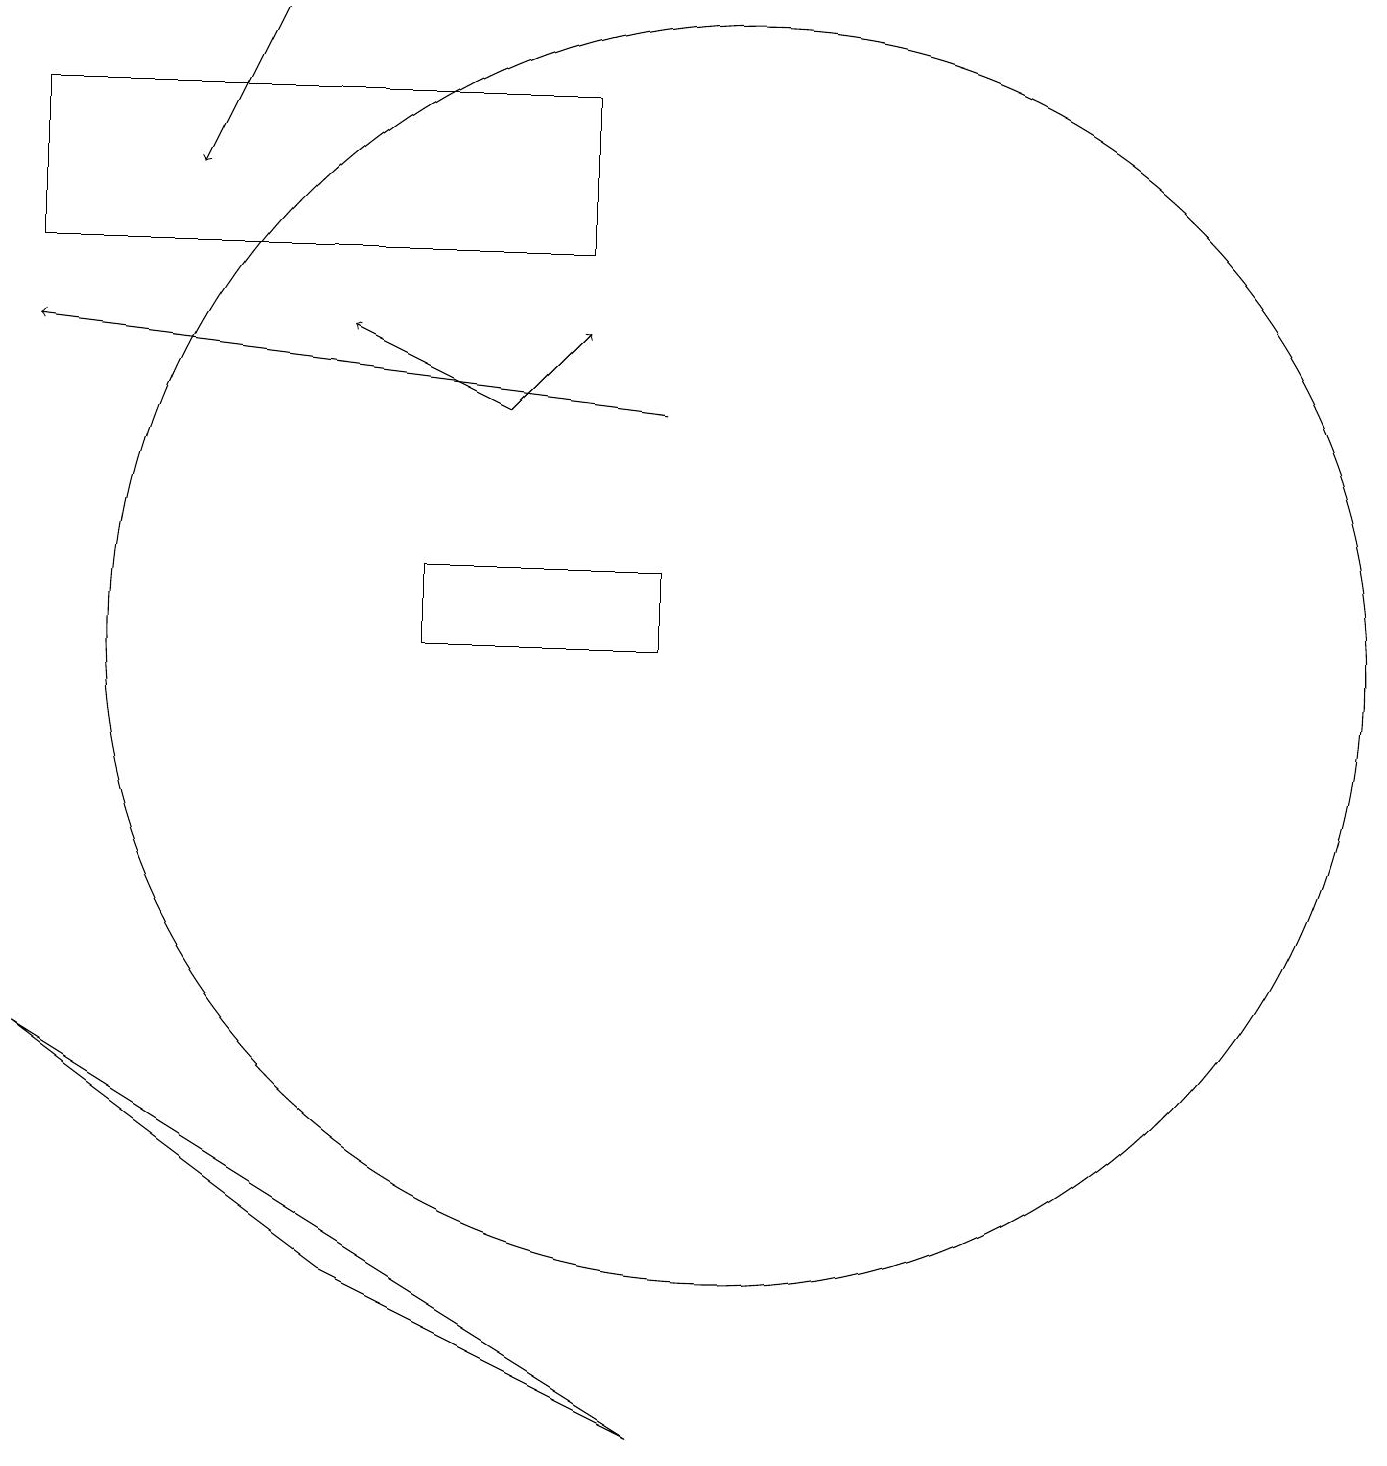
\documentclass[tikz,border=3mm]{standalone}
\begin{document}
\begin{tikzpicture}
\draw (10,10) circle (8);
\draw (9,0) -- (1,5) -- (5,2) -- cycle;
\draw[->] (7,13) -- (8,14);
\draw (8,17) rectangle (1,15);
\draw[->] (7,13) -- (5,14);
\draw[->] (4,18) -- (3,16);
\draw[->] (9,13) -- (1,14);
\draw (9,11) rectangle (6,10);
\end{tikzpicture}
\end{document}